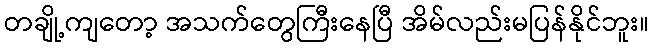
တချို့ကျတော့ အသက်တွေကြီးနေပြီ အိမ်လည်းမပြန်နိုင်ဘူး။